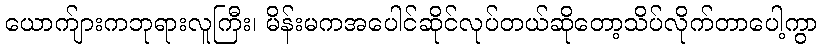
ယောက်ျားကဘုရားလူကြီး၊ မိန်းမကအပေါင်ဆိုင်လုပ်တယ်ဆိုတော့သိပ်လိုက်တာပေါ့ကွာ